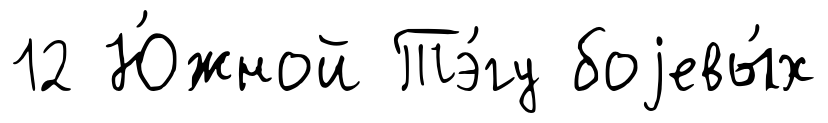
12 Ю́жной Тэ́гу боjевы́х